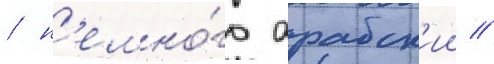
/ н'емно́го арабск'ии /